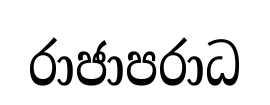
රාජාපරාධ